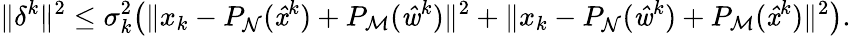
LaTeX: \| \delta^{k}\| ^{2}\leq\sigma_{k}^{2}\big(\| x_{k}-P_{\mathrm{\mathcal{N}}}(\mathit{\hat{x}}^{k})+P_{\mathrm{\mathcal{M}}}(\mathit{\hat{w}}^{k})\| ^{2}+\| x_{k}-P_{\mathrm{\mathcal{N}}}(\mathit{\hat{w}}^{k})+P_{\mathrm{\mathcal{M}}}(\mathit{\hat{x}}^{k})\| ^{2}\big).